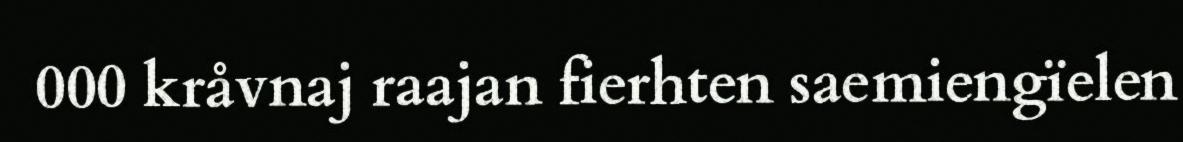
000 kråvnaj raajan fierhten saemiengïelen